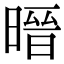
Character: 㬐